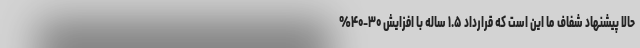
حالا پیشنهاد شفاف ما این است که قرارداد ۱.۵ ساله با افزایش ۳۰-۴۰%